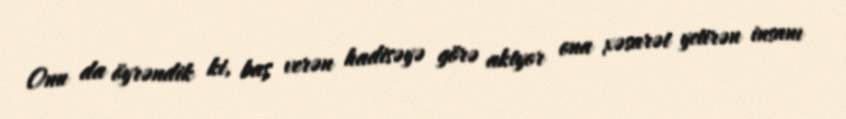
Onu da öyrəndik ki, baş verən hadisəyə görə aktyor ona xəsarət yetirən insanı